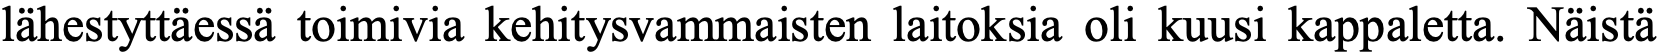
lähestyttäessä toimivia kehitysvammaisten laitoksia oli kuusi kappaletta. Näistä